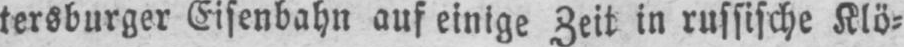
tersburger Eisenbahn auf einige Zeit in russische Klö⸗